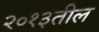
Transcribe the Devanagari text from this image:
२०१३तील